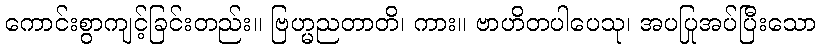
ကောင်းစွာကျင့်ခြင်းတည်း။ ဗြဟ္မညတာတိ၊ ကား။ ဗာဟိတပါပေသု၊ အပပြုအပ်ပြီးသော